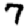
Digit: 7